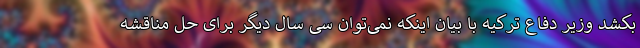
بکشد وزیر دفاع ترکیه با بیان اینکه نمی‌توان سی سال دیگر برای حل مناقشه